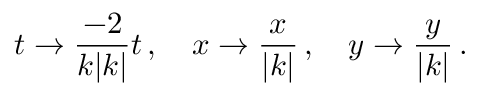
t \to { \frac { - 2 } { k | k | } } t \, , \, \, \, \, \, \, x \to { \frac { x } { | k | } } \, , \, \, \, \, \, \, y \to { \frac { y } { | k | } } \, .